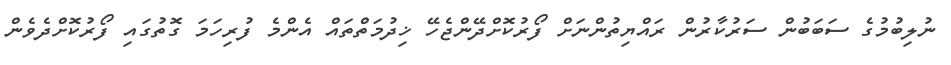
ނުލިބުމުގެ ސަބަބުން ސަރުކާރުން ރައްޔިތުންނަށް ފޯރުކޮށްދޭންޖެހޭ ޚިދުމަތްތައް އެންމެ ފުރިހަމަ ގޮތުގައި ފޯރުކޮށްދެވެން